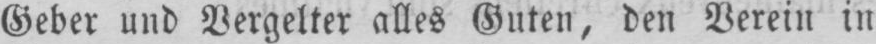
Geber und Vergelter alles Guten, den Verein in